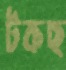
টকছ